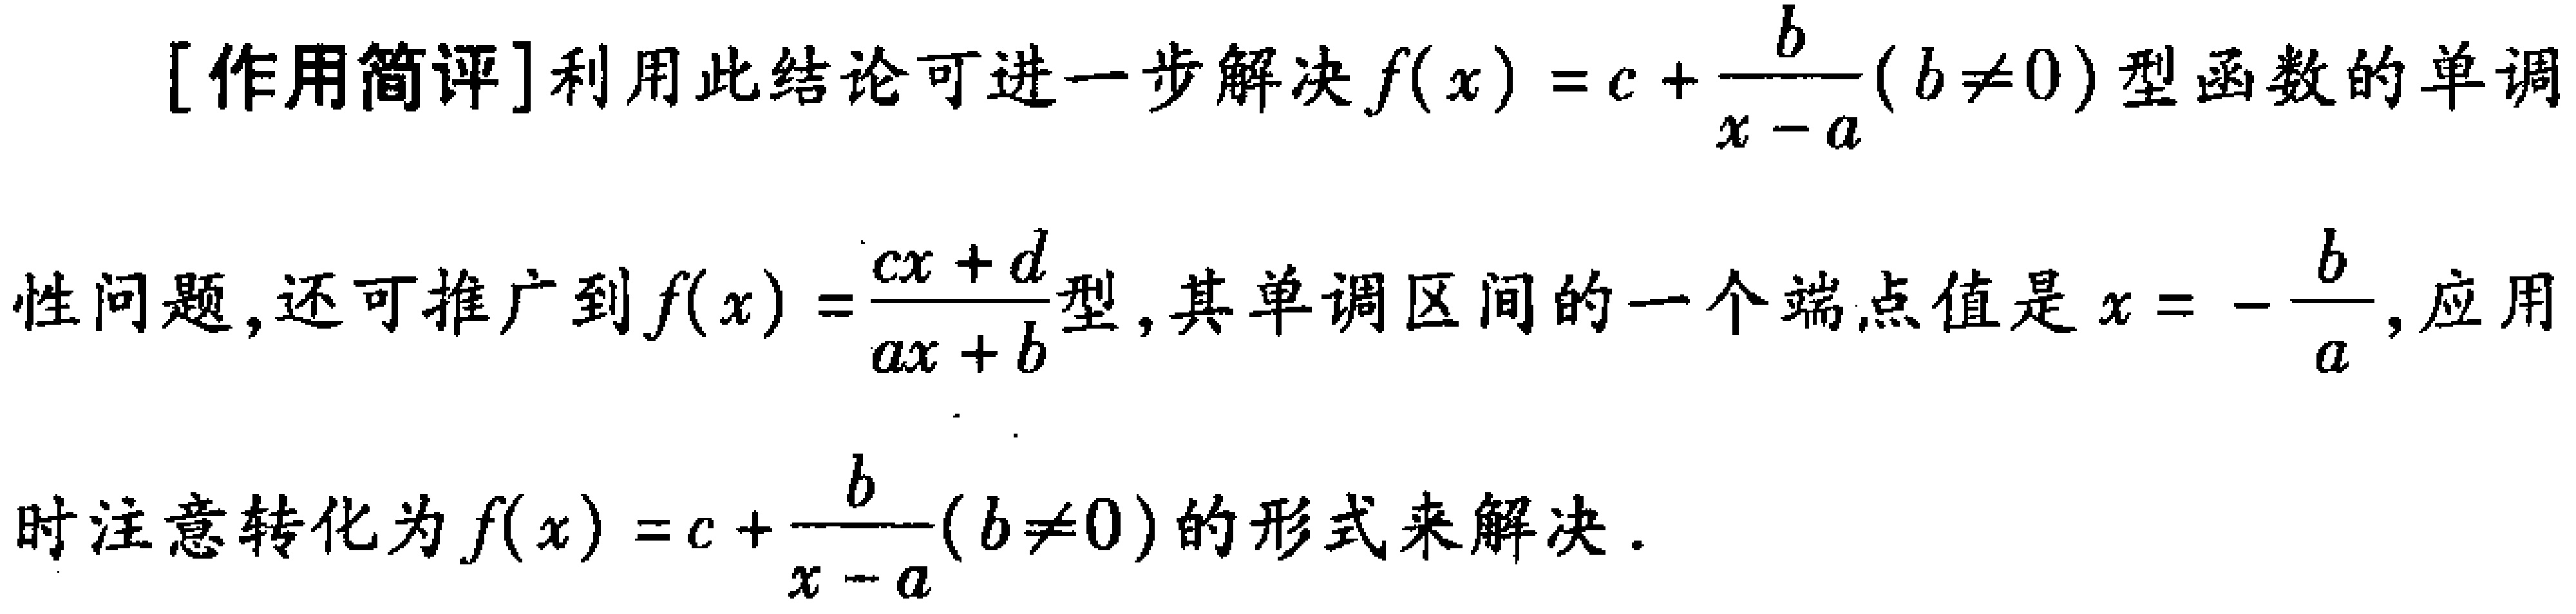
[作用简评]利用此结论可进一步解决\(f(x)=c + \frac{b}{x - a}(b\neq0)\)型函数的单调

性问题，还可推广到\(f(x)=\frac{cx + d}{ax + b}\)型，其单调区间的一个端点值是\(x = -\frac{b}{a}\)，应用

时注意转化为\(f(x)=c + \frac{b}{x - a}(b\neq0)\)的形式来解决.